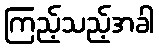
ကြည့်သည့်အခါ